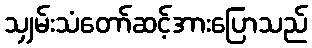
သျှမ်းသံတော်ဆင့်အားပြောသည်